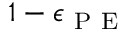
1 - \epsilon _ { \mathrm { ~ P ~ E ~ } }